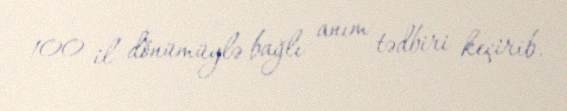
100 il dönümüylə bağlı anım tədbiri keçirib.